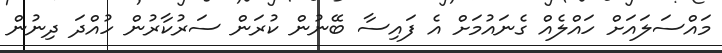
މައްސަލައަށް ހައްލެއް ގެނައުމަށް އެ ފައިސާ ބޭނުން ކުރަން ސަރުކާރުން ހުއްދަ ދިނުން